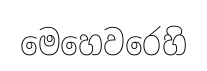
මෙහෙවරෙහි